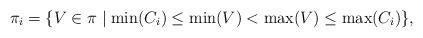
LaTeX: \begin{align*}\pi_i=\{V\in \pi\mid\min(C_i)\leq \min(V)<\max(V)\leq \max(C_i)\}, \end{align*}